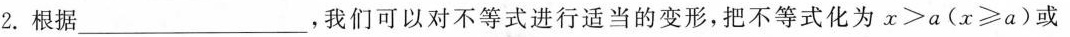
2.根据___，我们可以对不等式进行适当的变形，把不等式化为$$x > a$$($$x ≥ a$$)或